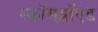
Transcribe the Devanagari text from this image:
स्कॉमब्रॉएड